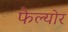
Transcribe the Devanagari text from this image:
फैल्योर